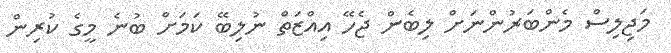
މަޖިލިސް މެންބަރުންނަށް ލިބެން ޖެހޭ އިއްޒަތް ނުލިބޭ ކަމަށް ބުނެ މީގެ ކުރިން